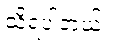
သိရပါတယ်။